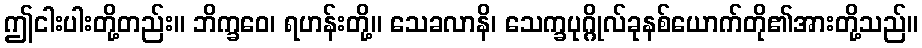
ဤငါးပါးတို့တည်း။ ဘိက္ခဝေ၊ ရဟန်းတို့။ သေခလာနိ၊ သေက္ခပုဂ္ဂိုလ်ခုနစ်ယောက်တို၏အားတို့သည်။